Lunatic asylums Bombay report 1891-1903 - 1891-1903
Year: 1891
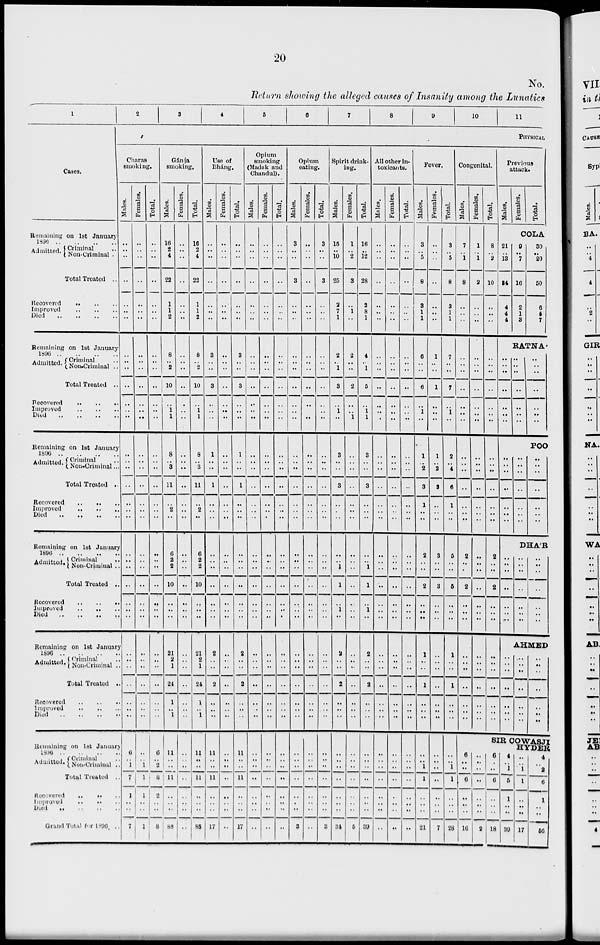
20
No.
Return showing the alleged causes of Insanity among the Lunatics
1
Cases.
Remaining on 1st January
1896 .. .. .. ..
Admitted. Criminal ..
Non-Criminal ..
Total Treated ..
Recovered
..
..
..
Improved .. .. ..
Died
..
..
..
..
Remaining on 1st January
1896
..
..
..
..
Admitted. Criminal ..
Non-Criminal ..
Total Treated ..
Recovered .. .. ..
Improved
..
..
..
Died .. .. .. ..
Remaining on 1st January
1896 .. .. .. ..
Admitted. Criminal ..
Non-criminal ..
Total Treated ..
Recovered .. .. ..
Improved .. .. ..
Died .. .. .. ..
Remaining on 1st January
1896 .. .. .. ..
Admitted. Criminal
..
Non-Criminal ..
Total Treated ..
Recovered .. .. ..
Improved .. .. ..
Died .. .. .. ..
Remaining on 1st January
1896
..
..
..
..
Admitted. Criminal ..
Non-Criminal ..
Total Treated ..
Recovered
..
..
..
Improved .. .. ..
Died .. .. .. ..
Remaining on 1st January
l896
..
..
..
..
Admitted. Criminal ..
Non-Criminal ..
Total Treated ..
Recovered .. .. ..
Improved .. .. ..
Died .. .. .. ..
Grand Total for 1896 ..
2
3
4
5
6
7
8
9
10
11
PHYSICAL
Charas
smoking.
Males.
..
..
..
..
..
..
..
..
..
..
..
..
..
..
..
..
..
..
..
..
..
..
..
..
..
..
..
..
..
..
..
..
..
..
..
6
..
1
7
..
..
..
7
Females.
..
...
..
..
..
..
..
..
..
..
..
..
..
..
..
..
..
..
..
..
..
..
..
..
..
..
..
..
..
..
..
..
..
..
..
..
..
1
1
..
..
..
1
Total.
..
...
..
..
..
..
..
..
..
..
..
..
..
..
..
..
..
..
..
..
..
..
..
..
..
..
..
..
..
..
..
..
..
..
..
6
..
2
8
2
..
..
8
Gánja
smoking.
Males.
16
2
4
22
1
1
2
8
..
2
10
..
1
1
8
..
3
11
..
2
..
6
2
2
10
..
..
..
21
2
1
24
1
..
1
11
..
..
11
..
..
..
88
Females.
..
..
..
..
..
..
..
..
..
..
..
..
..
..
..
..
..
..
..
..
..
..
..
..
..
..
..
..
..
..
..
..
..
..
..
..
..
..
..
..
..
..
..
Total.
16
2
4
22
1
1
2
8
..
2
10
..
1
1
8
..
3
11
..
2
..
6
2
2
10
..
..
..
21
2
1
24
1
..
1
11
..
..
11
..
..
..
88
Use of
Bháng.
Males.
..
..
..
..
..
..
..
3
..
..
3
..
..
..
1
..
..
1
..
..
..
..
..
..
..
..
..
..
2
..
..
2
..
..
..
11
..
..
11
..
..
..
17
Females.
..
..
..
..
..
..
..
..
..
..
..
..
..
..
..
..
..
..
..
..
..
..
..
..
..
..
..
..
..
..
..
..
..
..
..
..
..
..
..
..
..
..
..
Total.
..
..
..
..
..
..
..
3
..
..
3
..
..
..
1
..
..
1
..
..
..
..
..
..
..
..
..
..
2
..
..
2
..
..
..
11
..
..
11
..
..
..
17
Opium
smoking
(Madak and
Chandul).
Males.
..
..
..
..
..
..
..
..
..
..
..
..
..
..
..
..
..
..
..
..
..
..
..
..
..
..
..
..
..
..
..
..
..
..
..
..
..
..
..
..
..
..
..
Females.
..
..
..
..
..
..
..
..
..
..
..
..
..
..
..
..
..
..
..
..
..
..
..
..
..
..
..
..
..
..
..
..
..
..
..
..
..
..
..
..
..
..
..
Total.
..
..
..
..
..
..
..
..
..
..
..
..
..
..
..
..
..
..
..
..
..
..
..
..
..
..
..
..
..
..
..
..
..
..
..
..
..
..
..
..
..
..
..
Opium
eating.
Males.
3
..
..
3
..
..
..
..
..
..
..
..
..
..
..
..
..
..
..
..
..
..
..
..
..
..
..
..
..
..
..
..
..
..
..
..
..
..
..
..
..
..
3
Females.
..
..
..
..
..
..
..
..
..
..
..
..
..
..
..
..
..
..
..
..
..
..
..
..
..
..
..
..
..
..
..
..
..
..
..
..
..
..
..
..
..
..
..
Total.
3
..
..
3
..
..
..
..
..
..
..
..
..
..
..
..
..
..
..
..
..
..
..
..
..
..
..
..
..
..
..
..
..
..
..
..
..
..
..
..
..
..
3
Spirit drink-
ing.
Males.
15
..
10
25
2
7
1
2
..
1
3
..
1
..
3
..
..
3
..
..
..
..
..
1
1
..
1
..
2
..
..
2
..
..
..
..
..
..
..
..
..
..
34
Females.
1
..
2
3
..
1
..
2
..
..
2
..
..
1
..
..
..
..
..
..
..
..
..
..
..
..
..
..
..
..
..
..
..
..
..
..
..
..
..
..
..
..
5
Total.
16
..
12
28
2
8
1
4
..
1
5
..
1
1
3
..
..
3
..
..
..
..
..
1
1
..
1
..
2
..
..
2
..
..
..
..
..
..
..
..
..
..
39
All other In-
toxicants.
Males.
..
..
..
..
..
..
..
..
..
..
..
..
..
..
..
..
..
..
..
..
..
..
..
..
..
..
..
..
..
..
..
..
..
..
..
..
..
..
..
..
..
..
..
Females.
..
..
..
..
..
..
..
..
..
..
..
..
..
..
..
..
..
..
..
..
..
..
..
..
..
..
..
..
..
..
..
..
..
..
..
..
..
..
..
..
..
..
..
Total.
..
..
..
..
..
..
..
..
..
..
..
..
..
..
..
..
..
..
..
..
..
..
..
..
..
..
..
..
..
..
..
..
..
..
..
..
..
..
..
..
..
..
..
Fever.
Males.
3
..
5
8
3
1
1
6
..
..
6
..
1
..
1
..
2
3
1
..
..
2
..
..
2
..
..
..
1
..
..
1
..
..
..
..
..
1
1
..
..
..
21
Females.
..
..
..
..
..
..
..
1
..
..
1
..
..
..
1
..
2
3
..
..
..
3
..
..
3
..
..
..
..
..
..
..
..
..
..
..
..
..
..
..
..
..
7
Total.
3
..
5
8
3
1
1
7
..
..
7
..
1
..
2
..
4
6
1
..
..
5
..
..
5
..
..
..
1
..
..
1
..
..
..
..
..
1
1
..
..
..
28
Congenital.
Males.
7
..
1
8
..
..
..
..
..
..
..
..
..
..
..
..
..
..
..
..
..
2
..
..
2
..
..
..
..
..
..
..
..
..
..
Females.
1
..
1
2
..
..
..
..
..
..
..
..
..
..
..
..
..
..
..
..
..
..
..
..
..
..
..
..
..
..
..
..
..
..
..
Total.
8
..
2
10
..
..
..
..
..
..
..
..
..
..
..
..
..
..
..
..
..
2
..
..
2
..
..
..
..
..
..
..
..
..
..
Previous
attack.
Males.
21
..
13
34
4
4
4
..
..
..
..
..
..
..
Females.
Total.
COLA
9
..
7
16
2
1
3
30
..
20
50
6
5
7
RATNA
..
..
..
..
..
..
..
..
..
..
..
..
..
..
POO
..
..
..
..
..
..
..
..
..
..
..
..
..
..
..
..
..
..
..
..
..
..
..
..
..
..
..
..
..
..
..
..
..
..
..
DHA'R
..
..
..
..
..
..
..
..
..
..
..
..
..
..
AHMED
..
..
..
..
..
..
..
..
..
..
..
..
..
..
SIR COWASJI
HYDER
6
..
..
6
..
..
..
16
..
..
..
..
..
..
..
2
6
..
..
6
..
..
..
18
4
..
1
5
1
..
..
39
..
..
1
1
..
..
..
17
4
..
2
6
1
..
..
56